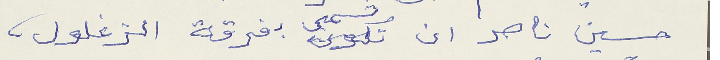
حسين ناصر ان تسمى بفرقة الزغلول،